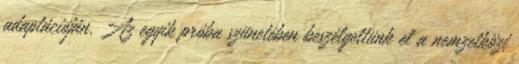
adaptációján. Az egyik próba szünetében beszélgettünk el a nemzetközi